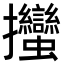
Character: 𢺳